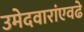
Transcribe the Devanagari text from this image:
उमेदवारांएवढे